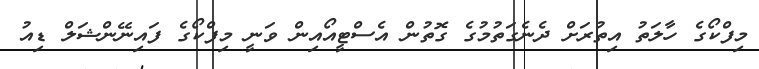
މިފްކޯގެ ހާލަތު އިތުރަށް ދެނެގަތުމުގެ ގޮތުން އެސްޓީއޯއިން ވަނީ މިފްކޯގެ ފައިނޭންޝަލް ޑިއު